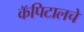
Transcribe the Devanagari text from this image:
कॅपिटालचे